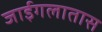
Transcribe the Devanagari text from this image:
जाईगलातास